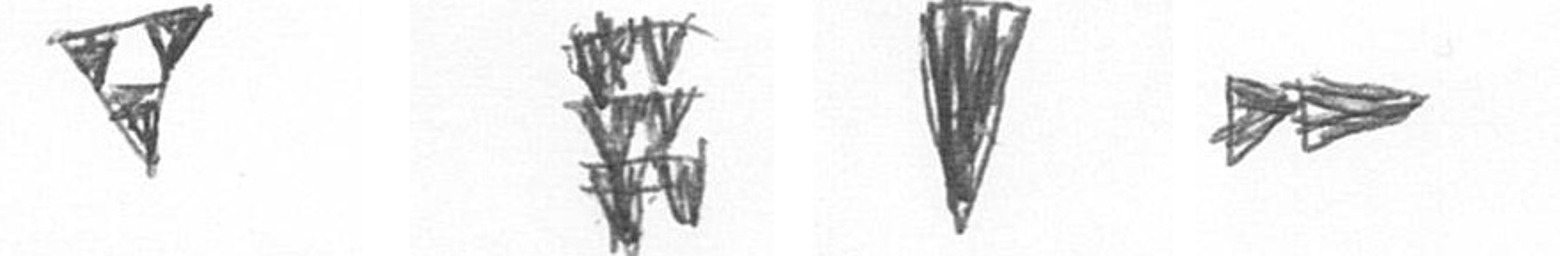
S Y J A